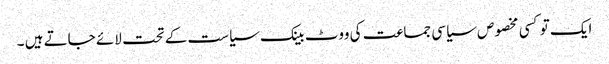
ایک تو کسی مخصوص سیاسی جماعت کی ووٹ بینک سیاست کے تحت لائے جاتے ہیں ۔